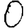
Digit: 0